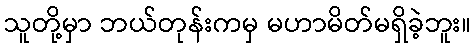
သူတို့မှာ ဘယ်တုန်းကမှ မဟာမိတ်မရှိခဲ့ဘူး။